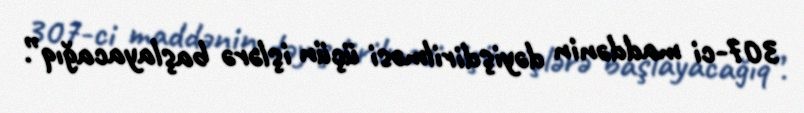
307-ci maddənin dəyişdirilməsi üçün işlərə başlayacağıq”.